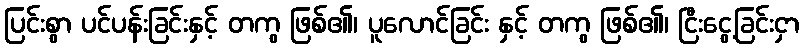
ပြင်းစွာ ပင်ပန်းခြင်းနှင့် တကွ ဖြစ်၏၊ ပူလောင်ခြင်း နှင့် တကွ ဖြစ်၏၊ ငြီးငွေ့ခြင်းငှာ